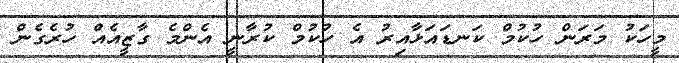
މީހަކު މަރަން ހުކުމް ކަނޑައަޅާއިރު އެ ހުކުމް ކުރާނީ އެންމެ ގާޒީއެއް ހުރެގެން